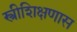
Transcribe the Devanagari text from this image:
स्त्रीशिक्षणास